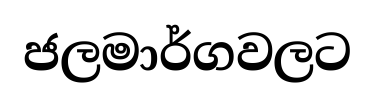
ජලමාර්ගවලට